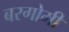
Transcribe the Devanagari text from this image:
बरगोमी